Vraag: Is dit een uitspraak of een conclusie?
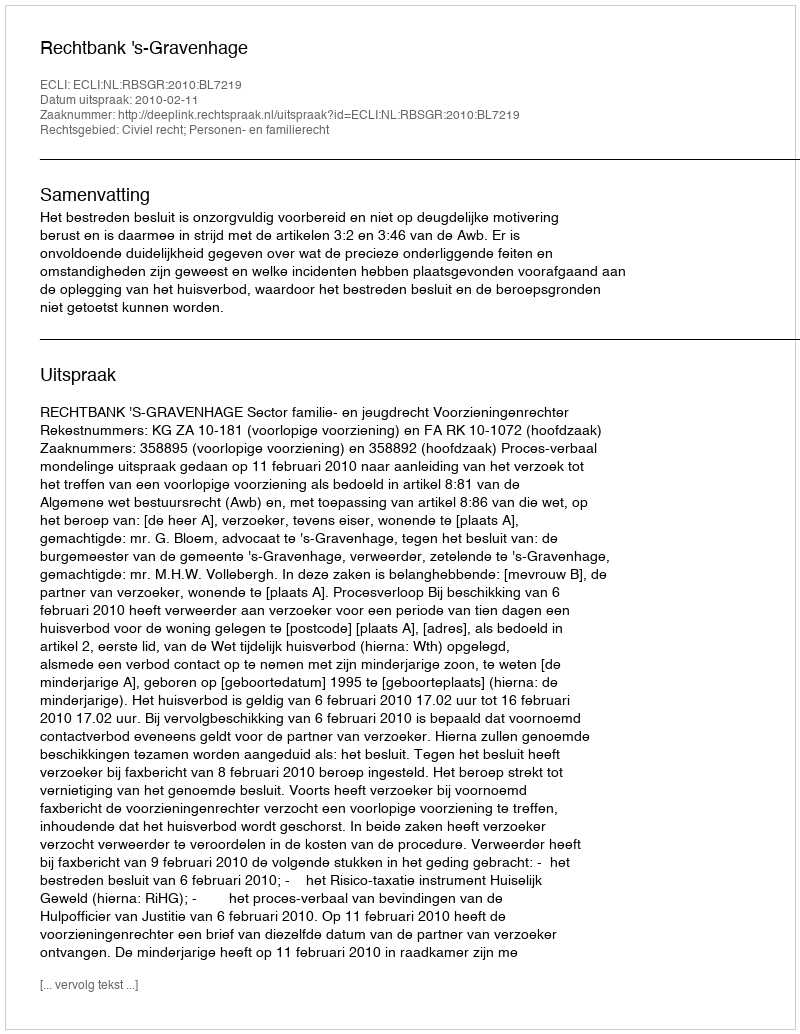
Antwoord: Uitspraak